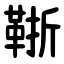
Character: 䩢